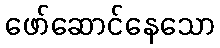
ဖော်ဆောင်နေသော